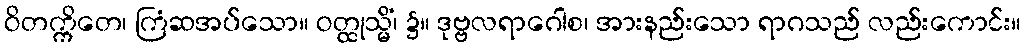
ဝိတက္ကိတေ၊ ကြံဆအပ်သော။ ဝတ္ထုသ္မိံ၊ ၌။ ဒုဗ္ဗလရာဂေါစ၊ အားနည်းသော ရာဂသည် လည်းကောင်း။